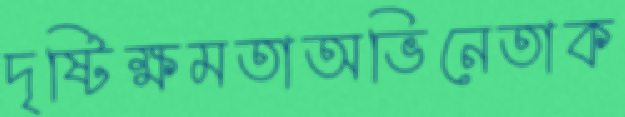
দৃষ্টিক্ষমতাঅভিনেতাক